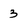
Character: 3